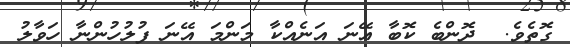
ގޮތެވެ.  ދޮންބެ ކޮބާ އޭނަ އަނެއްކާ މަންމަ އޭނަ ފުލުހުންނާ ހަވާލު